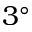
3 ^ { \circ }